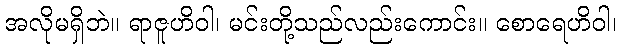
အလိုမရှိဘဲ။ ရာဇူဟိဝါ၊ မင်းတို့သည်လည်းကောင်း။ စောရေဟိဝါ၊